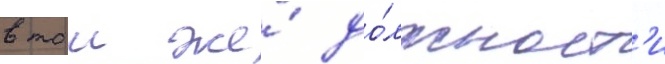
в тои же́ до́лжност'и